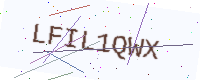
Text: LFIL1QWX